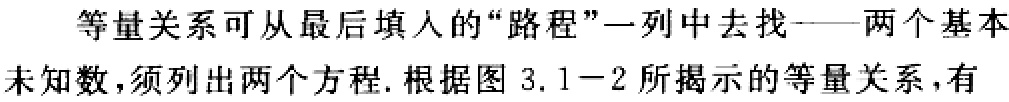
等量关系可从最后填入的“路程”一列中去找——两个基本
未知数,须列出两个方程. 根据图 3.1−2 所揭示的等量关系,有